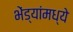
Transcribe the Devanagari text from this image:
भेंड्यांमध्ये